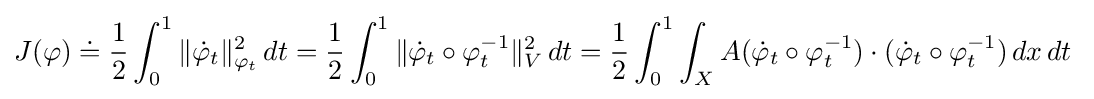
J(\varphi )\doteq {\frac {1}{2}}\int _{0}^{1}\|{\dot {\varphi }}_{t}\|_{\varphi _{t}}^{2}\,dt={\frac {1}{2}}\int _{0}^{1}\|{\dot {\varphi }}_{t}\circ \varphi _{t}^{-1}\|_{V}^{2}\,dt={\frac {1}{2}}\int _{0}^{1}\int _{X}A({\dot {\varphi }}_{t}\circ \varphi _{t}^{-1})\cdot ({\dot {\varphi }}_{t}\circ \varphi _{t}^{-1})\,dx\,dt\